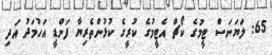
65: ލަޔަނަސް ޓީމުގެ ކޯޗް އެޓީމުގެ ކުރީގެ ކުޅުންތެރިޔާ ފަންޑީ އަހުމަދު އަދި